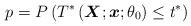
LaTeX: \begin{align*} p = P\left(T^*\left({\boldsymbol X};{\boldsymbol x};{\theta }_0\right)\le t^*\right)\end{align*}